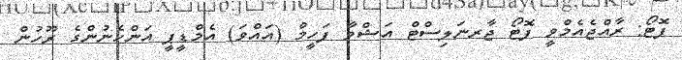
ފޮޓޯ: ރާއްޖެއެމްވީ ފޮޓޯ ޖާރނަލިސްޓް އަޝްވާ ފަހީމް (އައްވަ) އެމްޑީޕީ އަންހެނުންގެ ރޫހުން